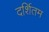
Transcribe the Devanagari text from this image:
दर्शितम